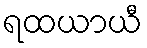
ရထယာယီ